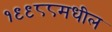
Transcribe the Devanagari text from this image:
१९९८८मधील